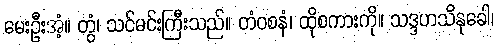
မေးဦးအံ့။ တွံ၊ သင်မင်းကြီးသည်။ တံဝစနံ၊ ထိုစကားကို။ သဒ္ဒဟသိနုခေါ၊